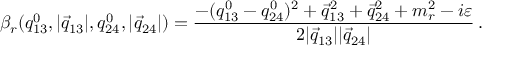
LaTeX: \beta _ { r } ( q _ { 1 3 } ^ { 0 } , | \vec { q } _ { 1 3 } | , q _ { 2 4 } ^ { 0 } , | \vec { q } _ { 2 4 } | ) = \frac { - ( q _ { 1 3 } ^ { 0 } - q _ { 2 4 } ^ { 0 } ) ^ { 2 } + \vec { q } _ { 1 3 } ^ { 2 } + \vec { q } _ { 2 4 } ^ { 2 } + m _ { r } ^ { 2 } - i \varepsilon } { 2 | \vec { q } _ { 1 3 } | | \vec { q } _ { 2 4 } | } \, .